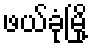
ဖယ်ခုံမြို့